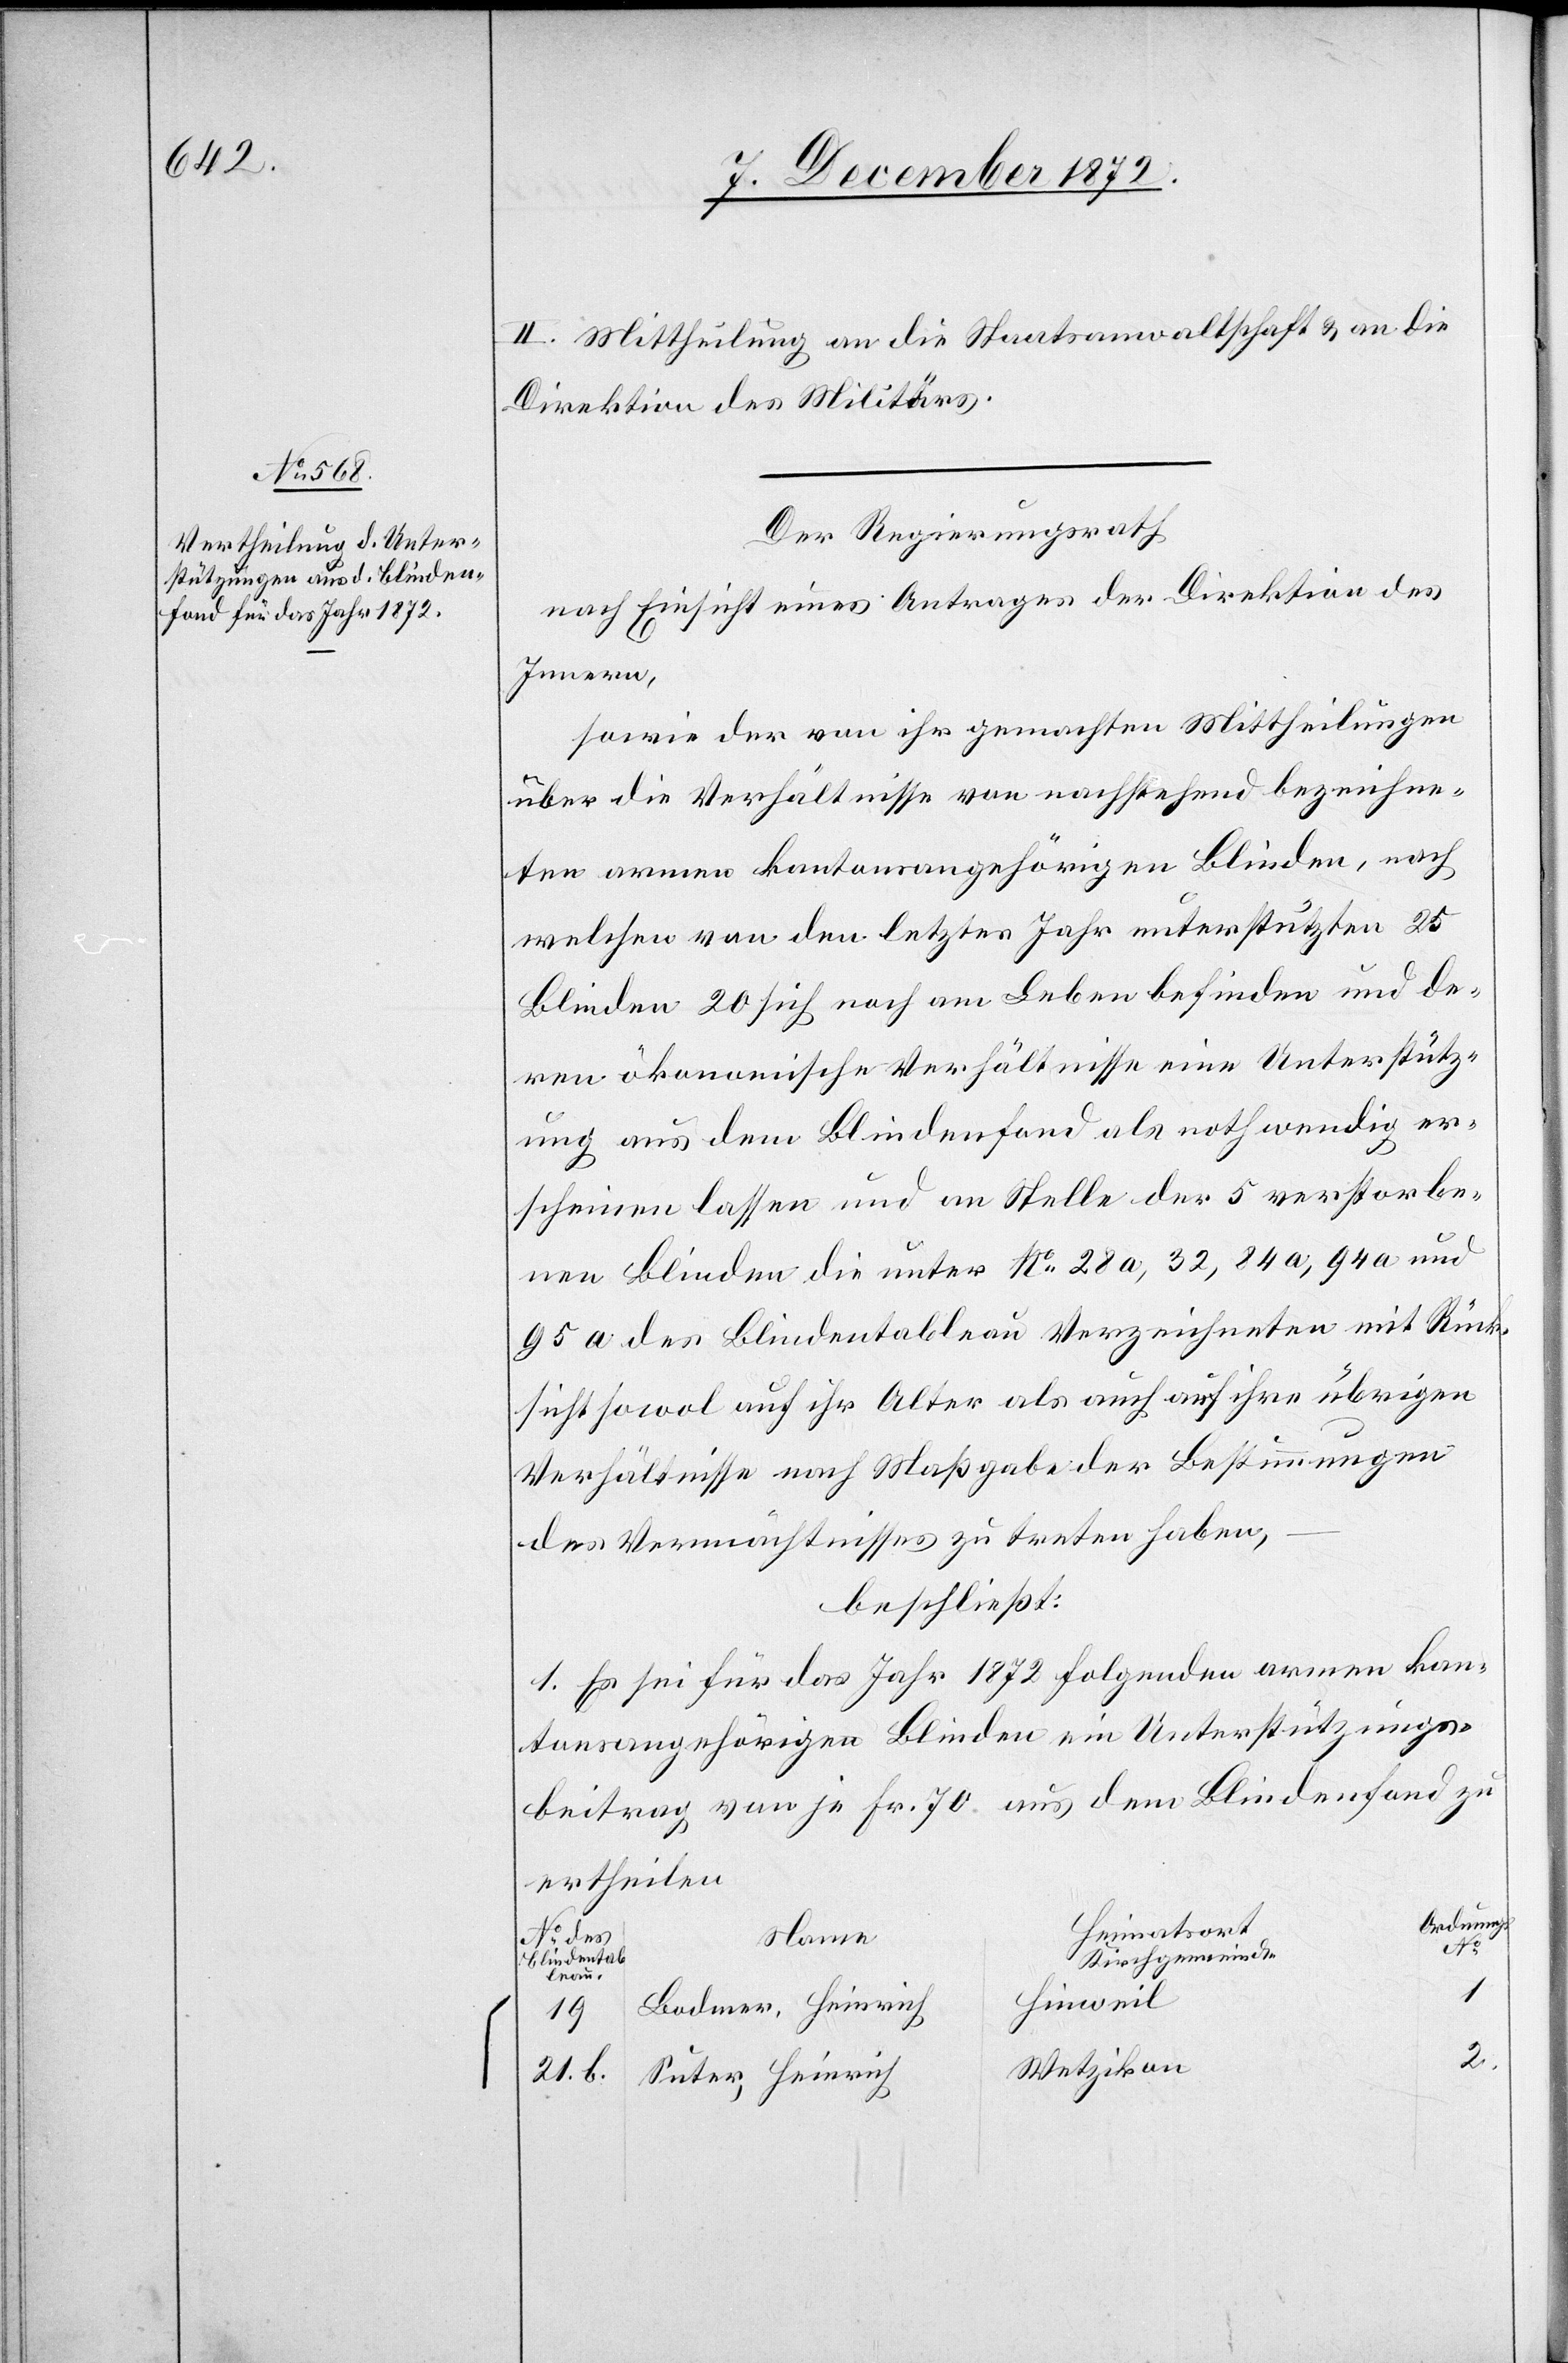
II. Mittheilung an die Staatsanwaltschaft u. an die
Direktion des Militärs.
Der Regierungsrath
nach Einsicht eines Antrages der Direktion des
Innern,
sowie der von ihr gemachten Mittheilungen
über die Verhältnisse von nachstehend bezeichne¬
ten armen kantonsangehörigen Blinden, nach
welchen von den letztes Jahr unterstützten 25
Blinden 20 sich noch am Leben befinden und de¬
ren ökonomische Verhältnisse eine Unterstütz¬
ung aus dem Blindenfond als nothwendig er¬
scheinen lassen und an Stelle der 5 verstorbe¬
nen Blinden die unter No 28a, 32, 84a, 94a und
95a des Blindentableau Verzeichneten mit Rück¬
sicht sowol auf ihr Alter als auch auf ihre übrigen
Verhältnisse nach Maßgabe der Bestimmungen
des Vermächtnisses zu treten haben,
beschließt:
1. Es sei für das Jahr 1872 folgenden armen kan¬
tonsangehörigen Blinden ein Unterstützungs¬
beitrag von je Fr. 70 aus dem Blindenfond zu
ertheilen
Ordnungs
Heimatsort
No des
Name
Blindentab¬
Kirchgemeinde
leau
1
Hinweil
Bodmer, Heinrich
19
Wetzikon
21. b.
Suter, Heinrich